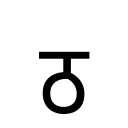
OCR:
ठ